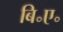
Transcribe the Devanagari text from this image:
बि॰ए॰